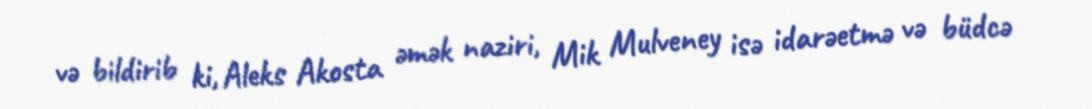
və bildirib ki, Aleks Akosta əmək naziri, Mik Mulveney isə idarəetmə və büdcə